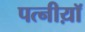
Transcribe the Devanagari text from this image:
पत्नीय़ॉ